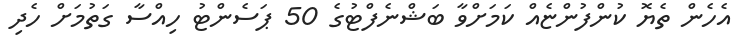
އެހެން ތެޔޮ ކުންފުންޏެއް ކަމަށްވާ ބަޝްނެފްޓުގެ 50 ޕަސެންޓު ހިއްސާ ގަތުމަށް ހެދި